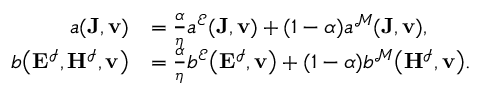
\begin{array} { r l } { a ( \mathbf { J } , \mathbf { v } ) } & { = \frac { \alpha } { \eta } a ^ { \mathcal { E } } ( \mathbf { J } , \mathbf { v } ) + ( 1 - \alpha ) a ^ { \mathcal { M } } ( \mathbf { J } , \mathbf { v } ) , } \\ { b \big ( \mathbf { E } ^ { \mathcal { I } } , \mathbf { H } ^ { \mathcal { I } } , \mathbf { v } \big ) } & { = \frac { \alpha } { \eta } b ^ { \mathcal { E } } \big ( \mathbf { E } ^ { \mathcal { I } } , \mathbf { v } \big ) + ( 1 - \alpha ) b ^ { \mathcal { M } } \big ( \mathbf { H } ^ { \mathcal { I } } , \mathbf { v } \big ) . } \end{array}